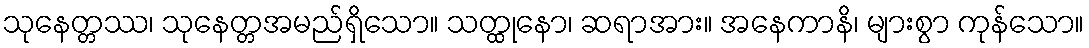
သုနေတ္တဿ၊ သုနေတ္တအမည်ရှိသော။ သတ္ထုနော၊ ဆရာအား။ အနေကာနိ၊ များစွာ ကုန်သော။